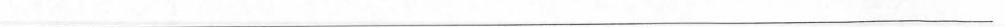
___